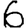
Digit: 6